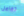
تفاعل